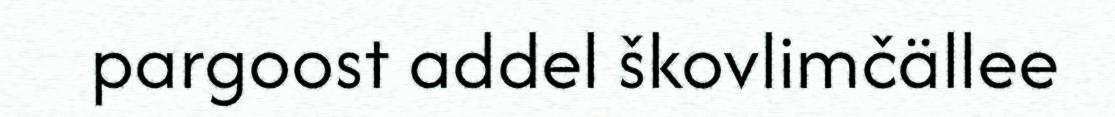
pargoost addel škovlimčällee